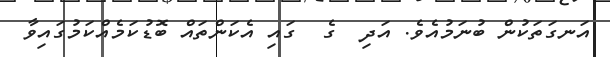
އަނގަތަކުން ބުނަމުއެވެ. އަދި  ގެ  ގައި އެކަންތައް ބޮޑުކަމެއްކަމުގައިވާ